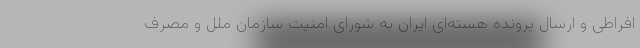
افراطی و ارسال پرونده هسته‌ای ایران به شورای امنیت سازمان ملل و مصرف